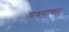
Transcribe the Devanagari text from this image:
पधराया।